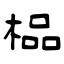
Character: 榀